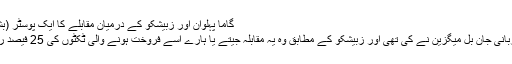
گاما پہلوان اور زبیشکو کے درمیان مقابلے کا ایک پوسٹر (بشکریہ عامر متین)
اس مقابلے کی میزبانی جان بل میگزین نے کی تھی اور زبیشکو کے مطابق وہ یہ مقابلہ جیتے یا ہارے اسے فروخت ہونے والی ٹکٹوں کی 25 فیصد رقم ضرور ملنا تھا۔